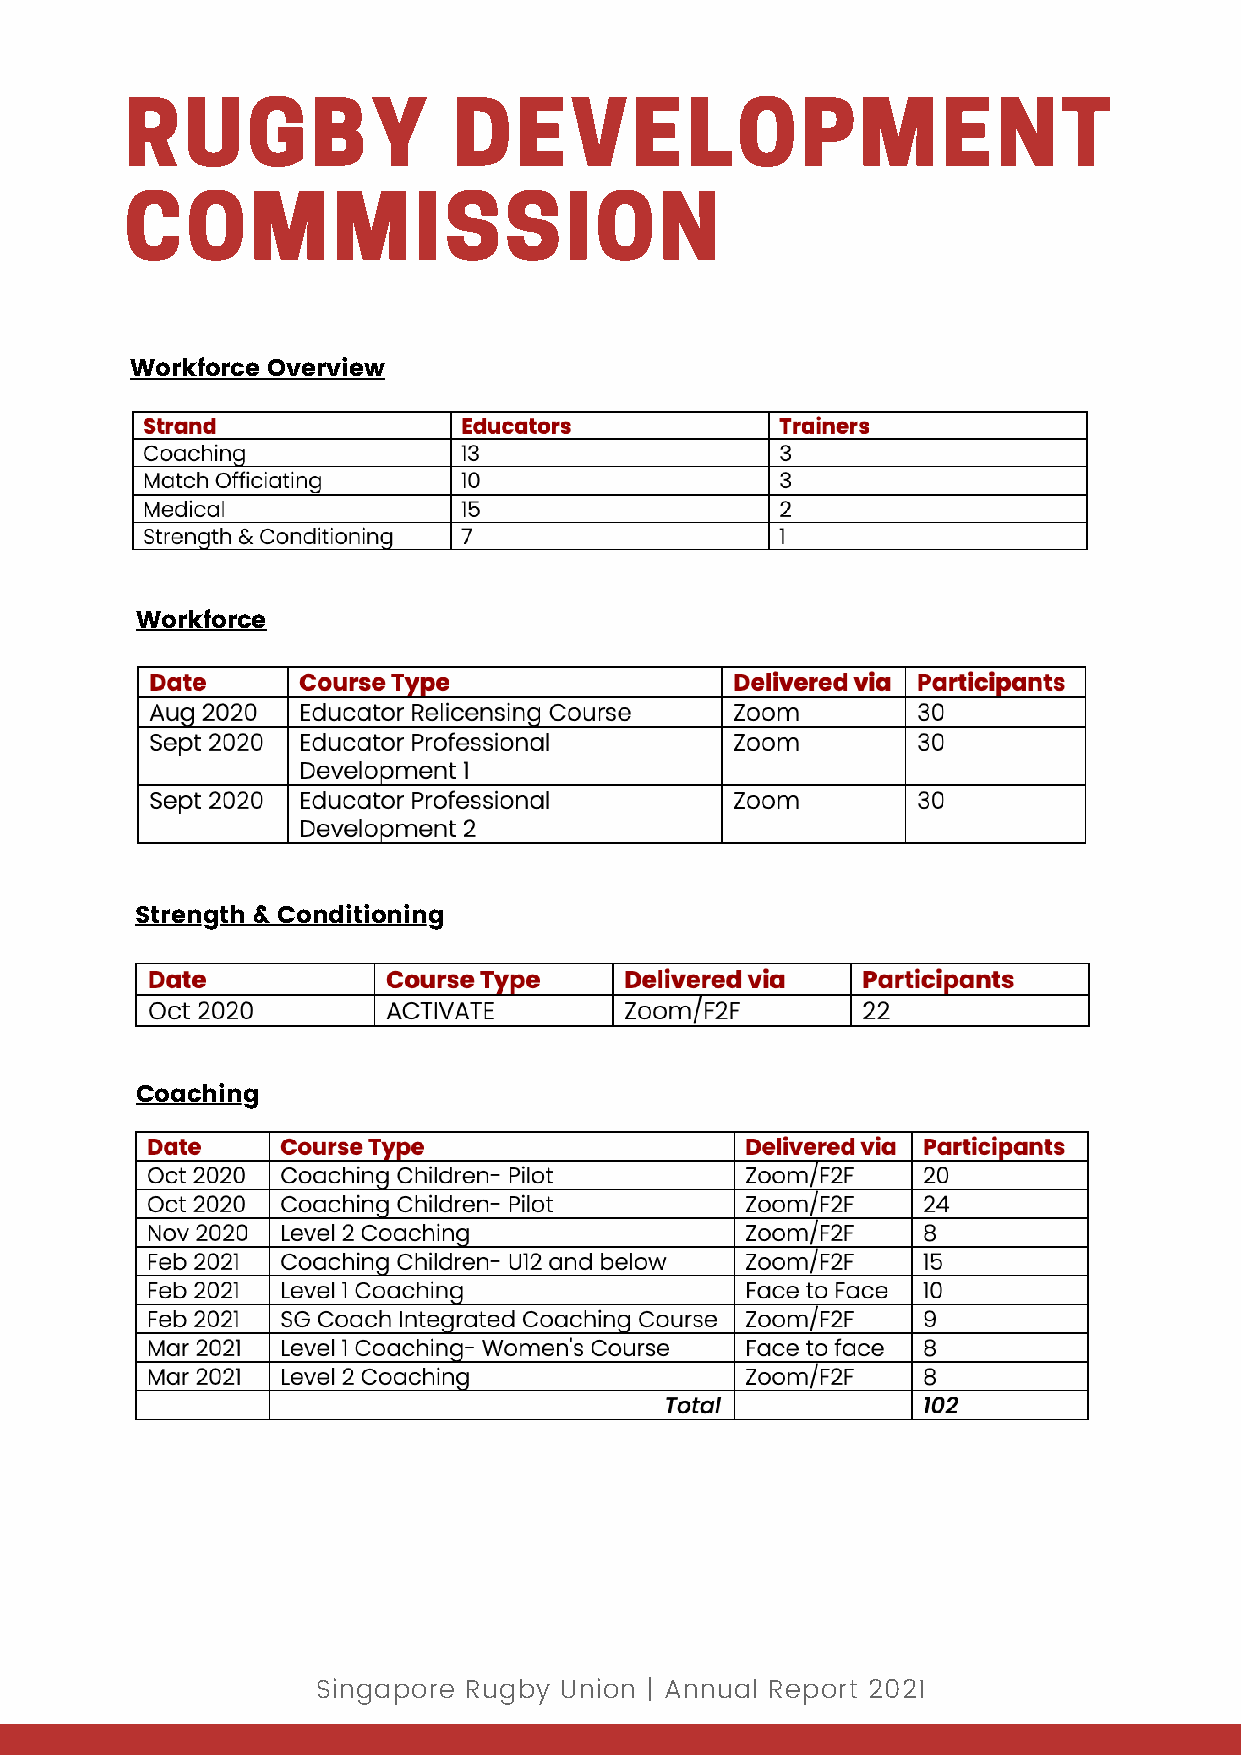
RUGBY                 DEVELOPMENT
 COMMISSION
 Workforce Overview
 Workforce
 Strength & Conditioning
 Coaching
 Singapore Rugby Union | Annual Report 2021